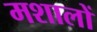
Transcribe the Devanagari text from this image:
मशालों